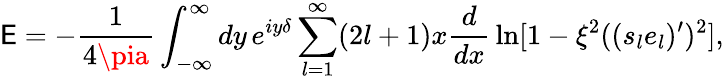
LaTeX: \mathsf{E}=-{\frac{{1}}{{4\pia}}}\int_{-\infty}^{\infty}dy\, e^{iy\delta}\sum_{l=1}^{\infty}(2l+1)x{\frac{{d}}{{dx}}}\ln[1-\xi^{2}((s_{l}e_{l})^{\prime})^{2}],